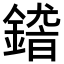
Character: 𨪴